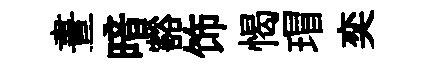
晝暗豁饰愒瑁奕